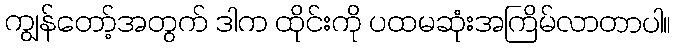
ကျွန်တော့်အတွက် ဒါက ထိုင်းကို ပထမဆုံးအကြိမ်လာတာပါ။